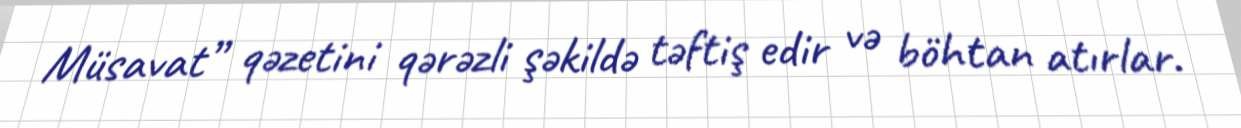
Müsavat” qəzetini qərəzli şəkildə təftiş edir və böhtan atırlar.